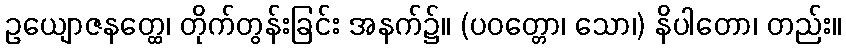
ဥယျောဇနတ္ထေ၊ တိုက်တွန်းခြင်း အနက်၌။ (ပဝတ္တော၊ သော၊) နိပါတော၊ တည်း။